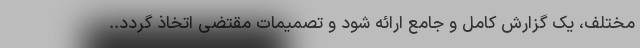
مختلف، یک گزارش کامل و جامع ارائه شود و تصمیمات مقتضی اتخاذ گردد..